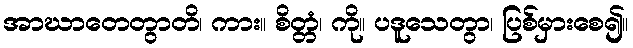
အာဃာတေတွာတိ၊ ကား။ စိတ္တံ၊ ကို။ ပဒူသေတွာ၊ ပြစ်မှားစေ၍။